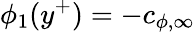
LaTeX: \phi_{1}(y^{+})=-c_{\phi,\infty}